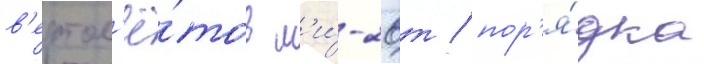
в'ертол'ё́тов м'и́-26т / пор'я́дка